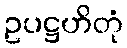
ဥပဋ္ဌဟိတုံ